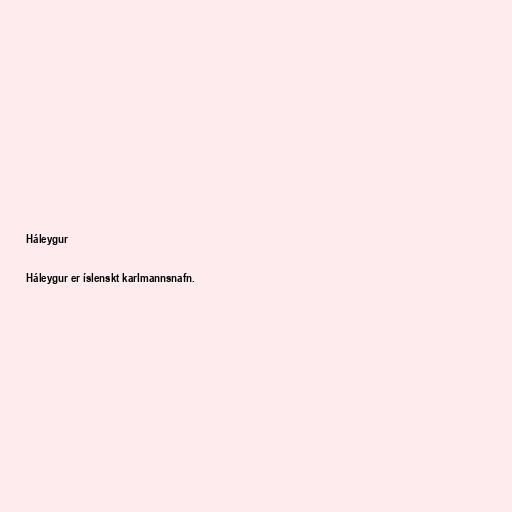
Háleygur

Háleygur er íslenskt karlmannsnafn.